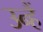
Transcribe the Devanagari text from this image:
उन्हैं